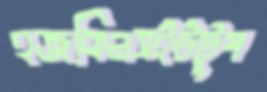
হজকিনসইটটুপ